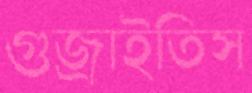
গুজ্‌রাইতিস